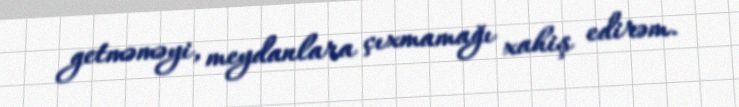
getməməyi, meydanlara çıxmamağı xahiş edirəm.